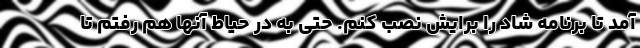
آمد تا برنامه شاد را برایش نصب کنم. حتی به در حیاط آنها هم رفتم تا